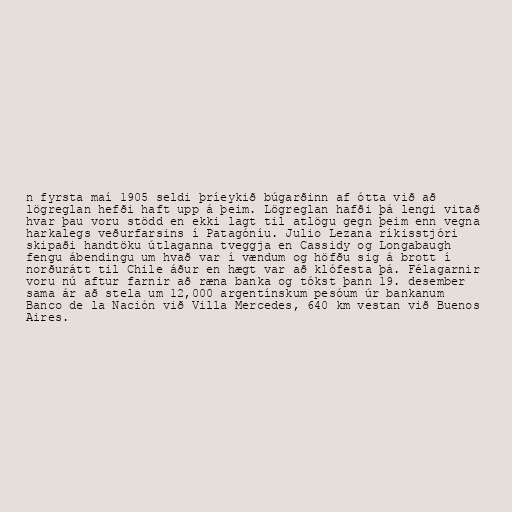
n fyrsta maí 1905 seldi þríeykið búgarðinn af ótta við að
lögreglan hefði haft upp á þeim. Lögreglan hafði þá lengi vitað
hvar þau voru stödd en ekki lagt til atlögu gegn þeim enn vegna
harkalegs veðurfarsins í Patagóníu. Julio Lezana ríkisstjóri
skipaði handtöku útlaganna tveggja en Cassidy og Longabaugh
fengu ábendingu um hvað var í vændum og höfðu sig á brott í
norðurátt til Chile áður en hægt var að klófesta þá. Félagarnir
voru nú aftur farnir að ræna banka og tókst þann 19. desember
sama ár að stela um 12,000 argentínskum pesóum úr bankanum
Banco de la Nación við Villa Mercedes, 640 km vestan við Buenos
Aires.